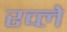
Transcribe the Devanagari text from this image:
रव्ले